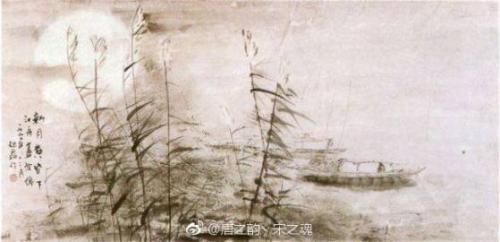
细草软沙溪路马蹄轻。